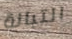
التبانة